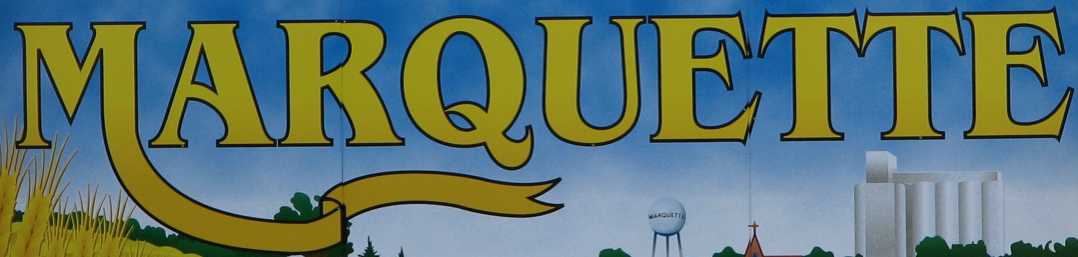
MARQUETTE